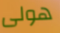
هولى